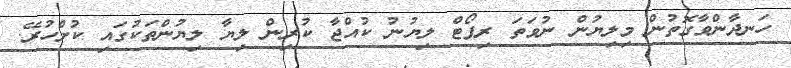
ހަނދާންވާގޮތުން މިލިޔުން ނުވަތަ ރިޕޯޓް ލިޔުނު ކުއްޖާ ކުރިން ލިޔާ ލިޔުންތަކުގައި ކުށްހުރޭ.